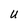
Character: U